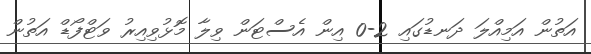
އަތުން އަމިއްލަ ދަނޑުގައި 2-0 އިން އެސްޓަން ވިލާ މޮޅުވިއިރު ވަޓްފޯޑް އަތުން